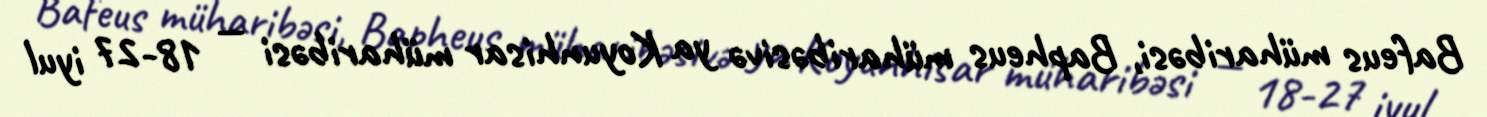
Bafeus müharibəsi, Bapheus müharibəsivə ya Koyunhisar müharibəsi — 18-27 iyul